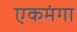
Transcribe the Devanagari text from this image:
एकमंगा